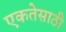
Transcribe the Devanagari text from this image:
एकतेसाठी